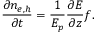
\frac { \partial n _ { e , h } } { \partial t } = \frac { 1 } { E _ { p } } \frac { \partial E } { \partial z } f .